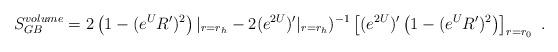
LaTeX: \begin{align*}S_{GB}^{volume} = 2\left(1 - (e^{U} R')^2\right)|_{r=r_h} - 2 (e^{2U})'|_{r=r_h})^{-1} \left[(e^{2U})'\left(1 - (e^{U} R')^2\right)\right]_{r = r_0} \ .\end{align*}